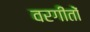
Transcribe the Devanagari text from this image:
वरगीतों